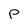
Character: P